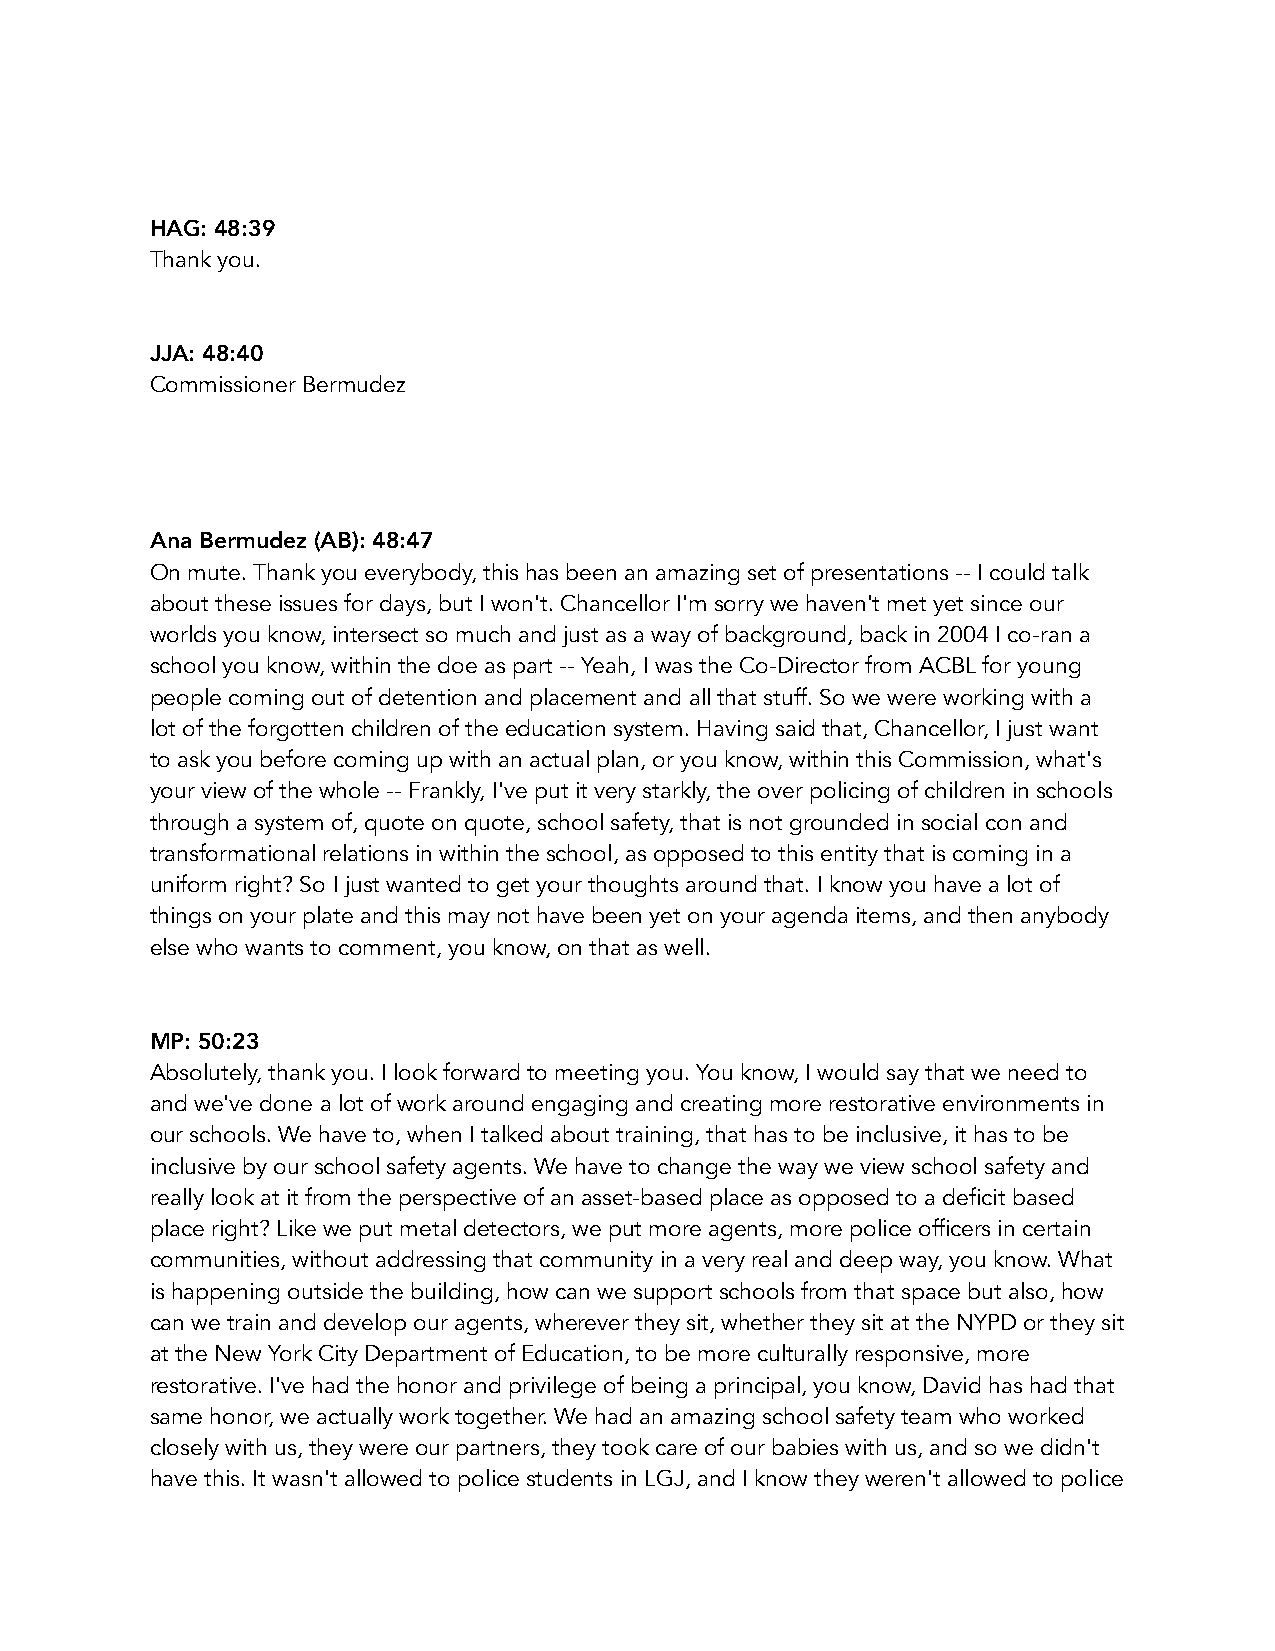
HAG: 48:39
 Thank you.
 JJA: 48:40
 Commissioner Bermudez
 Ana Bermudez (AB): 48:47
 On mute. Thank you everybody, this has been an amazing set of presentations -- I could talk
 about these issues for days, but I won't. Chancellor I'm sorry we haven't met yet since our
 worlds you know, intersect so much and just as a way of background, back in 2004 I co-ran a
 school you know, within the doe as part -- Yeah, I was the Co-Director from ACBL for young
 people coming out of detention and placement and all that stuff. So we were working with a
 lot of the forgotten children of the education system. Having said that, Chancellor, I just want
 to ask you before coming up with an actual plan, or you know, within this Commission, what's
 your view of the whole -- Frankly, I've put it very starkly, the over policing of children in schools
 through a system of, quote on quote, school safety, that is not grounded in social con and
 transformational relations in within the school, as opposed to this entity that is coming in a
 uniform right? So I just wanted to get your thoughts around that. I know you have a lot of
 things on your plate and this may not have been yet on your agenda items, and then anybody
 else who wants to comment, you know, on that as well.
 MP: 50:23
 Absolutely, thank you. I look forward to meeting you. You know, I would say that we need to
 and we've done a lot of work around engaging and creating more restorative environments in
 our schools. We have to, when I talked about training, that has to be inclusive, it has to be
 inclusive by our school safety agents. We have to change the way we view school safety and
 really look at it from the perspective of an asset-based place as opposed to a deficit based
 place right? Like we put metal detectors, we put more agents, more police officers in certain
 communities, without addressing that community in a very real and deep way, you know. What
 is happening outside the building, how can we support schools from that space but also, how
 can we train and develop our agents, wherever they sit, whether they sit at the NYPD or they sit
 at the New York City Department of Education, to be more culturally responsive, more
 restorative. I've had the honor and privilege of being a principal, you know, David has had that
 same honor, we actually work together. We had an amazing school safety team who worked
 closely with us, they were our partners, they took care of our babies with us, and so we didn't
 have this. It wasn't allowed to police students in LGJ, and I know they weren't allowed to police